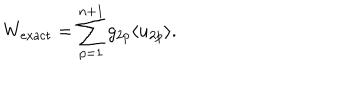
W _ { \mathrm { e x a c t } } = \sum _ { p = 1 } ^ { n + 1 } g _ { 2 p } \langle u _ { 2 p } \rangle .